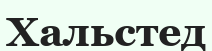
Хальстед